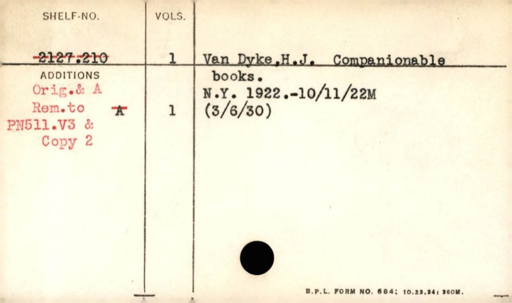
Label: content